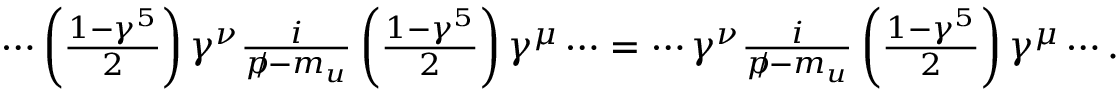
\begin{array} { r } { \cdots \left( \frac { 1 - \gamma ^ { 5 } } { 2 } \right) \gamma ^ { \nu } \frac { i } { p \! \! \! / - m _ { u } } \left( \frac { 1 - \gamma ^ { 5 } } { 2 } \right) \gamma ^ { \mu } \cdots = \cdots \gamma ^ { \nu } \frac { i } { p \! \! \! / - m _ { u } } \left( \frac { 1 - \gamma ^ { 5 } } { 2 } \right) \gamma ^ { \mu } \cdots . } \end{array}